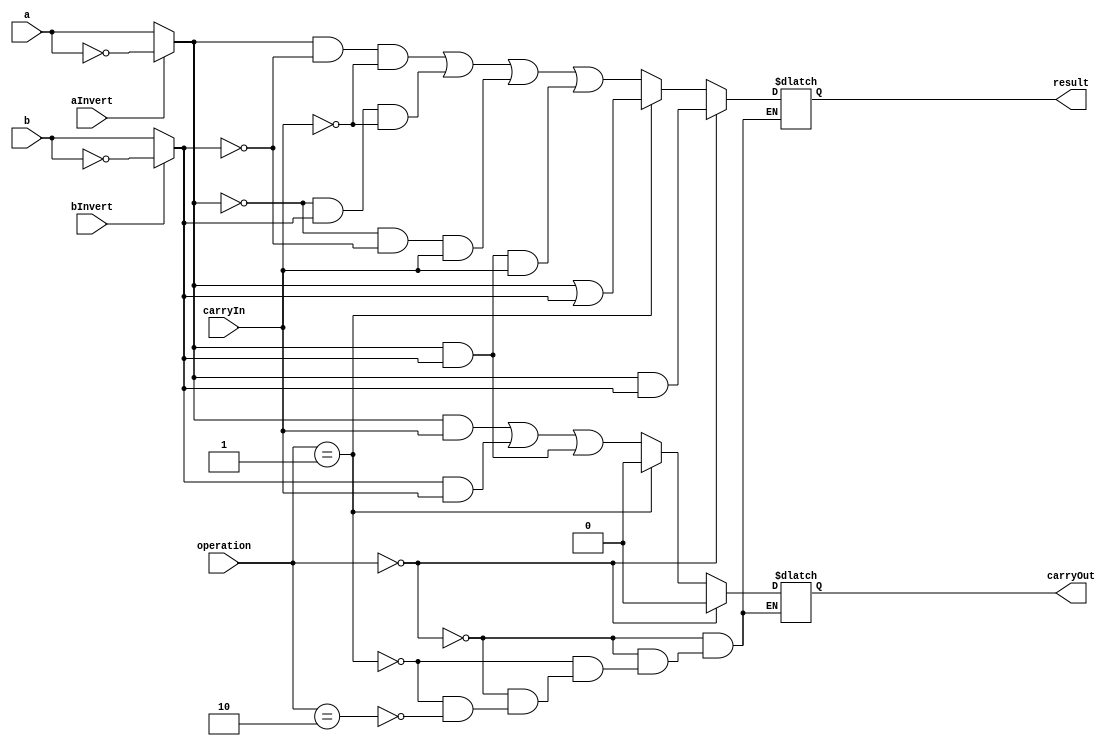
module ALU1Bit
  (
  input a,
  input b,
  input aInvert,
  input bInvert,
  input carryIn,
  input [1:0] operation,
  output reg result,
  output reg carryOut
  );
  
  wire aNew;
  assign aNew = aInvert ? ~a : a;
  
  wire bNew;
  assign bNew = bInvert ? ~b : b;
  
  always @*
  if (operation == 2'b00)
    begin
    result = aNew && bNew;
    carryOut = 1'b0;
    end
  else if (operation == 2'b01)
    begin
    result = aNew || bNew;
    carryOut = 1'b0;
    end
  else if (operation == 2'b10)
    begin
    result = (aNew & ~bNew && ~carryIn) | (~aNew & bNew & ~carryIn) | (~aNew & ~bNew & carryIn) | (aNew & bNew & carryIn);
    carryOut = (aNew & carryIn) | (bNew & carryIn) | (aNew & bNew);
    end
    
endmodule